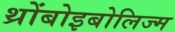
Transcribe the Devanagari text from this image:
थ्रोंबोइबोलिज्म